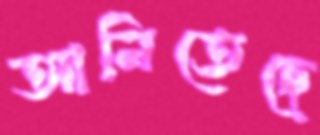
আনিতেছে